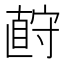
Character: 𪧡